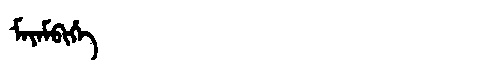
Manchu: ᠮᠠᠶᠠᠮᠪᡳᡥᡝ
Romanization: MAYAMBIHE